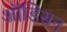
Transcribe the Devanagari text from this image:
ऑडिसन